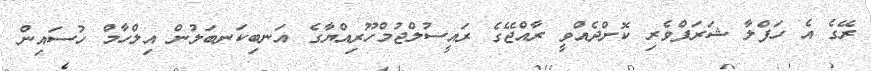
ރޭގެ އެ ހަފްލާ ޝަރަފްވެރި ކޮށްދެއްވީ ރާއްޖޭގެ ރައީސުލްޖުމްހޫރިއްޔާގެ އަނބިކަނބަލުން އިލްހާމް ހުސައިން